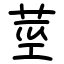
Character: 莖